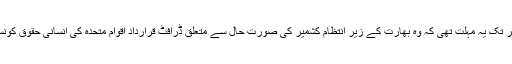
پاکستان کے پاس 19 ستمبر تک یہ مہلت تھی کہ وہ بھارت کے زیرِ انتظام کشمیر کی صورتِ حال سے متعلق ڈرافٹ قرارداد اقوام متحدہ کی انسانی حقوق کونسل میں جمع کروا سکتا تھا۔